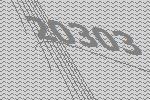
20303